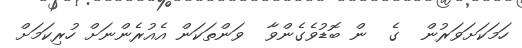
ހަމަކަށަވަރުން  ގެ  ން ބޮޑުވެގެންވާ  ވަންތަކަން އެއުރެންނަށް ހުރިކަމަށް